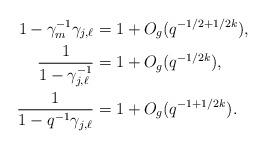
LaTeX: \begin{align*} 1 - \gamma_m^{-1}\gamma_{j, \ell} &= 1 + O_g(q^{-1/2 + 1/2k}), \\ \frac{1}{1 - \gamma_{j, \ell}^{-1}} &= 1 + O_g(q^{-1/2k}),\\ \frac{1}{1 - q^{-1}\gamma_{j, \ell}} &= 1 + O_g(q^{-1 + 1/2k}). \end{align*}